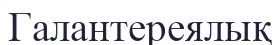
Галантереялық